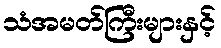
သံအမတ်ကြီးများနှင့်